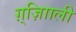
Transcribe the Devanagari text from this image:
ग़्ज़ाािली